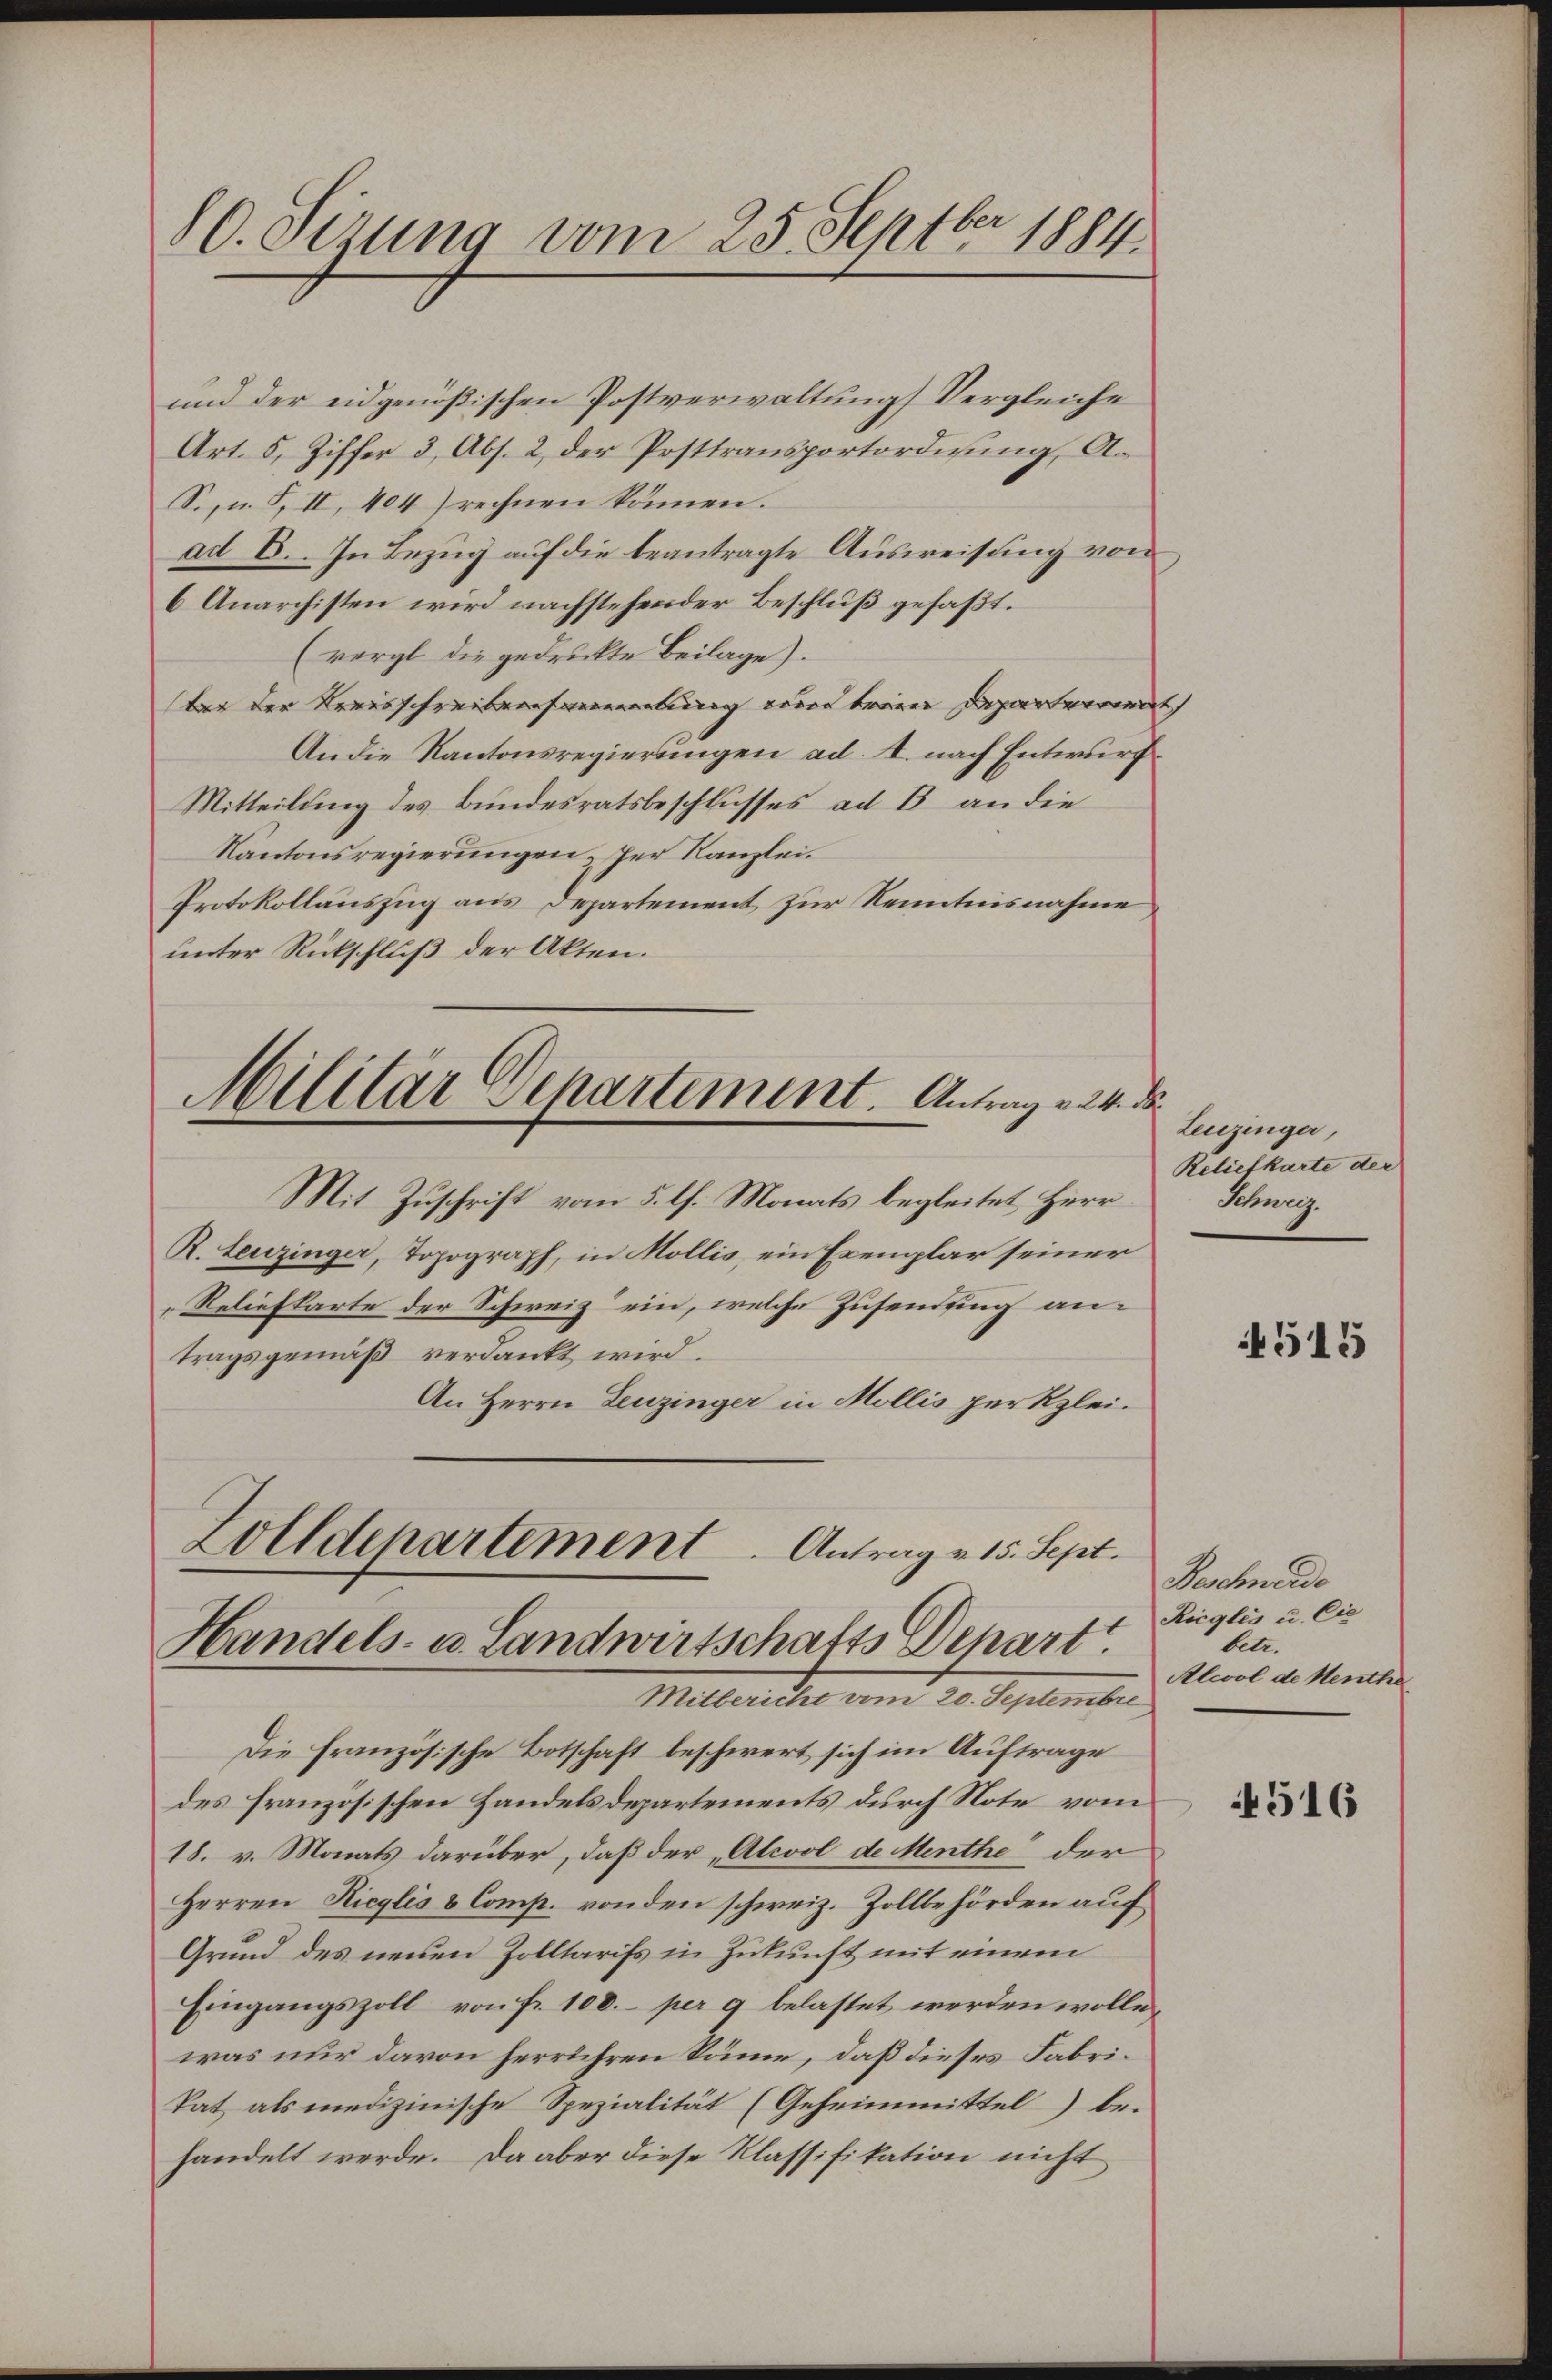
80. Sizung vom 25. Septbr 1884.

Militär Departement. Antrag v. 24. de

und der eidgenößischen Postverwaltung Vergleiche
Art. 5, Ziffer 3, Abs. 2, der Posttransportordnung, A¬
S., u. 5, II, 404) rechnen können.
ad E. In Bezug auf die beantragte Ausweisung von
6 Anarchisten wird nachstehender Beschluß gefaßt.
(vergl die gedruckte Beilage).
ber der Kreisschreibensammlung und beein Departemen
An die Kantonsregierungen ad. 4. nach Entwurf
Mitteilung des Bundesratsbeschlusses ad B. an die
Kantonsregierungen, der Kanzlei.
Protokollauszug aus Departement zur Kenntnisnahme
unter Rückschluß der Akten.
Mit Zuschrift vom 5. l. Monats begleitet, Herr
R. Leuzinger, Topograph, in Mollis, ein Exemplar seiner
Reliefkarte der Schweiz ein, welche Zusendung antragsgemäß verdankt wird.
An Herrn Leuzinger in Mollis perkzlei.
Zolldepartement. Antrag v. 15. Sept.
Handels- u. Landwirtschafts Depart
Mitbericht vom 20. Septembre
Die französische Botschaft beschwert sich im Auftrage
des französischen Handelsdepartements durch Note vom
18. v. Monats darüber, daß der „Alcol de Menthe der
Herren Ricylis & Comp. von den schweiz. Zollbehörden auf
Grund des neuen Zolltarifs in Zukunft mit einem
Eingangszoll von Fr. 100.- per 9 belastet werden wolle,
was nur davon herrühren könne, daß dieses Fabrikat als medizinische Spezialität (Geheimmittel) behandelt werde. Da aber diese Klassifikation nicht

Leuzinger,
Reliefkarte der
Schweiz.

4515

Beschwerde
Ricglis u. Cie
betr.
Alcol de Menthe

516